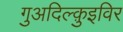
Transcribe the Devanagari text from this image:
गुअदिल्क़ुइविर